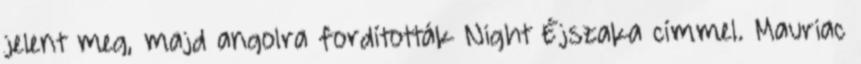
jelent meg, majd angolra fordították Night Éjszaka címmel. Mauriac